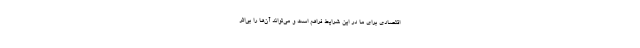
اقتصادی برای ما در این شرایط فراهم است و می‌تواند آن‌ها را بی‌اثر